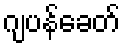
ဂျပန်ခေတ်